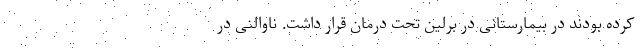
کرده بودند در بیمارستانی در برلین تحت درمان قرار داشت. ناوالنی در